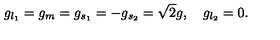
g _ { l _ { 1 } } = g _ { m } = g _ { s _ { 1 } } = - g _ { s _ { 2 } } = \sqrt 2 g , \quad g _ { l _ { 2 } } = 0 .